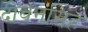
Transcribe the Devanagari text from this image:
दीवनसिंह